Civil Veterinary Dept. Bombay admin report 1907-1913 - 1907-1913
Year: 1907
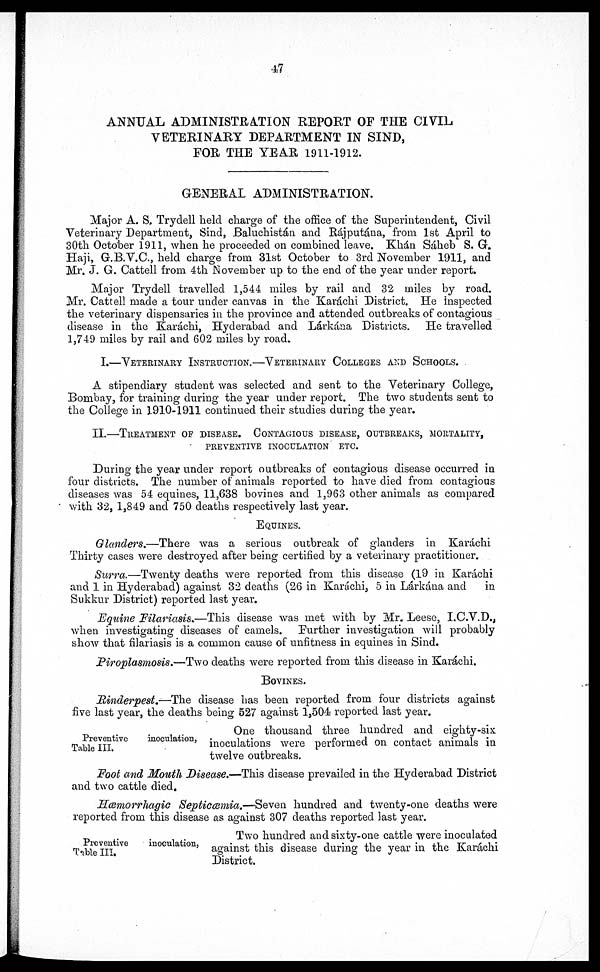
47
ANNUAL ADMINISTRATION REPORT OF THE CIVIL
VETERINARY DEPARTMENT IN SIND,
FOR THE YEAR 1911-1912.
GENERAL ADMINISTRATION.
Major A. S, Trydell held charge of the office of the Superintendent, Civil
Veterinary Department, Sind, Baluchistan and Rájputána, from 1st April to
30th October 1911, when he proceeded on combined leave. Khán Sáheb S. G.
Haji, G.B.V.C., held charge from 31st October to 3rd November 1911, and
Mr. J. G. Cattell from 4th November up to the end of the year under report.
Major Trydell travelled 1,544 miles by rail and 32 miles by road.
Mr. Cattell made a tour under canvas in the Karachi District. He inspected
the veterinary dispensaries in the province and attended outbreaks of contagious
disease in the Karachi, Hyderabad and Lárkána Districts. He travelled
1,749 miles by rail and 602 miles by road.
I.—VETERINARY INSTRUCTION.—VETERINARY COLLEGES AND SCHOOLS.
A stipendiary student was selected and sent to the Veterinary College,
Bombay, for training during the year under report. The two students sent to
the College in 1910-1911 continued their studies during the year.
II.—TREATMENT OF DISEASE. CONTAGIOUS DISEASE, OUTBREAKS, MORTALITY,
PREVENTIVE INOCULATION ETC.
During the year under report outbreaks of contagious disease occurred in
four districts. The number of animals reported to have died from contagious
diseases was 54 equines, 11,638 bovines and 1,963 other animals as compared
with 32, 1,849 and 750 deaths respectively last year.
EQUINES.
Glanders.—There
was a serious outbreak of glanders in Karachi
Thirty cases were destroyed after being certified by a veterinary practitioner.
Surra.—Twenty deaths were reported from this disease (19 in Karáchi
and 1 in Hyderabad) against 32 deaths (26 in Karáchi, 5 in Lárkána and
in
Sukkur District) reported last year.
Equine Filariasis.—This
disease was met with by Mr. Leese, I.C.V.D.,
when investigating diseases of camels. Further investigation will probably
show that filariasis is a common cause of unfitness in equines in Sind.
Piroplasmosis.—Two deaths were reported from this disease in Karachi.
BOVINES.
Rinderpest.—The
disease has been reported from four districts against
five last year, the deaths being 527 against 1,504 reported last year.
Preventive
inoculation,
Table III.
One thousand three hundred and eighty-six
inoculations were performed on contact animals in
twelve outbreaks.
Foot and Month Disease.—This disease prevailed in the Hyderabad District
and two cattle died.
Hæmorrhagic Septicæmia.—Seven
hundred and twenty-one deaths were
reported from this disease as against 307 deaths reported last year.
Preventive
inoculation,
Table III.
Two hundred and sixty-one cattle were inoculated
against this disease during the year in the Karáchi
District.